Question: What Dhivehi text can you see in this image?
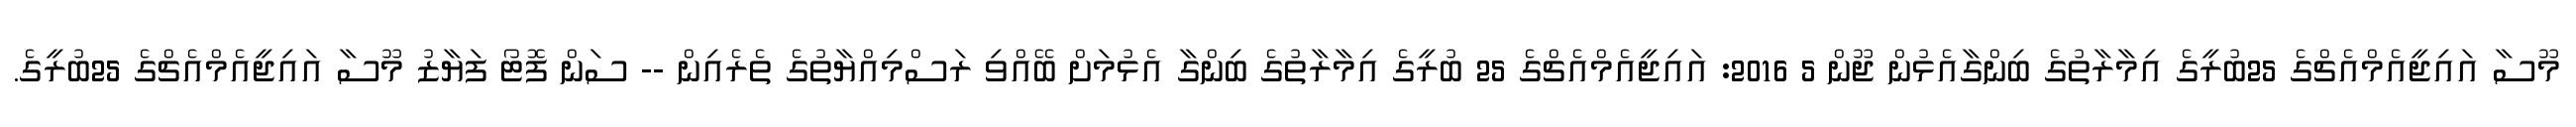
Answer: މޫސާ އައިޖީއެމްއެޗްގެ 25ބުރީގެ އިމާރާތުގެ ބިންގާއެޅުން ޖޫން 5 2016: އައިޖީއެމްއެޗްގެ 25 ބުރީގެ އިމާރާތުގެ ބިންގާ އެޅުމަށް ބޭއްވި ރަސްމިއްޔާތުގެ ތެރެއިން -- ސަން ފޮޓޯ ފަޔާޒު މޫސާ އައިޖީއެމްއެޗްގެ 25ބުރީގެ.